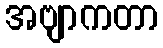
အဗျာကတာ